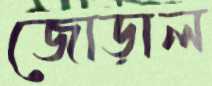
জোড়াল